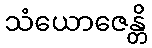
သံယောဇေန္တိ